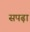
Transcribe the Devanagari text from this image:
सपढ़ा